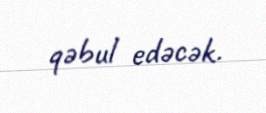
qəbul edəcək.